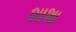
શાશા